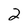
Character: 2